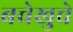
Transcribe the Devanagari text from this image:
बचेखुचे